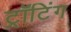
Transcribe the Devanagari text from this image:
ट्रॉटिंग